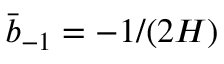
\bar { b } _ { - 1 } = - 1 / ( 2 H )